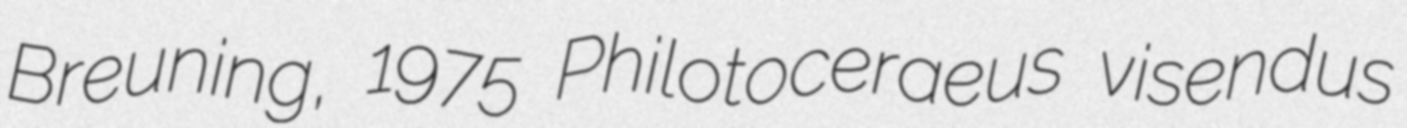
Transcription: Breuning, 1975 Philotoceraeus visendus